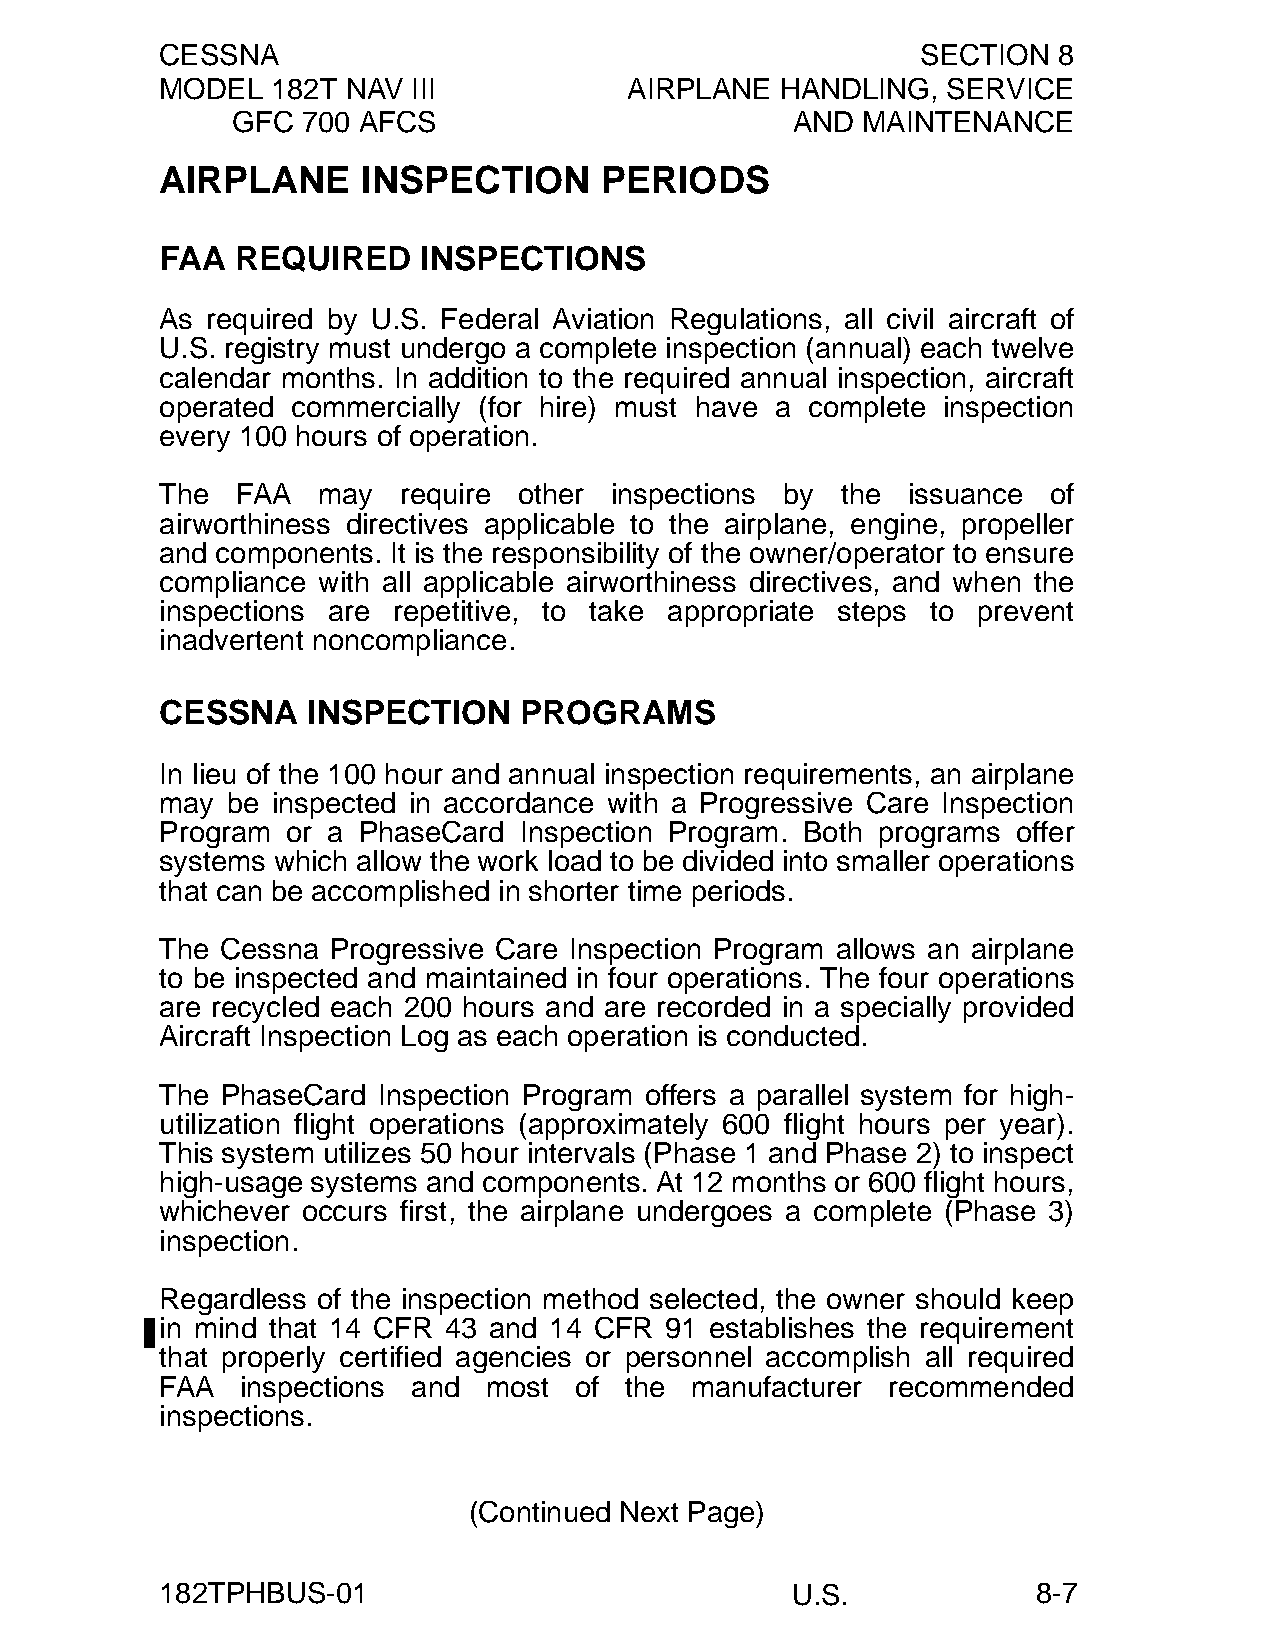
CESSNA                                            SECTION  8
 MODEL  182T NAV III            AIRPLANE  HANDLING,  SERVICE
 GFC  700 AFCS                        AND  MAINTENANCE
 AIRPLANE     INSPECTION      PERIODS
 FAA  REQUIRED    INSPECTIONS
 As required by U.S. Federal Aviation Regulations, all civil aircraft of
 U.S. registry must undergo a complete inspection (annual) each twelve
 calendar months. In addition to the required annual inspection, aircraft
 operated commercially (for hire) must have a complete inspection
 every 100 hours of operation.
 The  FAA  may  require other inspections by  the issuance  of
 airworthiness directives applicable to the airplane, engine, propeller
 and components. It is the responsibility of the owner/operator to ensure
 compliance with all applicable airworthiness directives, and when the
 inspections are repetitive, to take appropriate steps to prevent
 inadvertent noncompliance.
 CESSNA   INSPECTION    PROGRAMS
 In lieu of the 100 hour and annual inspection requirements, an airplane
 may be inspected in accordance with a Progressive Care Inspection
 Program or a PhaseCard Inspection Program. Both programs offer
 systems which allow the work load to be divided into smaller operations
 that can be accomplished in shorter time periods.
 The Cessna Progressive Care Inspection Program allows an airplane
 to be inspected and maintained in four operations. The four operations
 are recycled each 200 hours and are recorded in a specially provided
 Aircraft Inspection Log as each operation is conducted.
 The PhaseCard Inspection Program offers a parallel system for high-
 utilization flight operations (approximately 600 flight hours per year).
 This system utilizes 50 hour intervals (Phase 1 and Phase 2) to inspect
 high-usage systems and components. At 12 months or 600 flight hours,
 whichever occurs first, the airplane undergoes a complete (Phase 3)
 inspection.
 Regardless of the inspection method selected, the owner should keep
 in mind that 14 CFR 43 and 14 CFR 91 establishes the requirement
 that properly certified agencies or personnel accomplish all required
 FAA  inspections and most  of the  manufacturer recommended
 inspections.
 (Continued Next Page)
 182TPHBUS-01                             U.S.             8-7